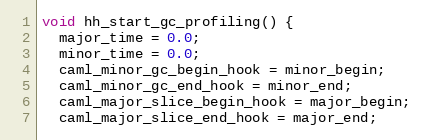
Language: C
void hh_start_gc_profiling() {
  major_time = 0.0;
  minor_time = 0.0;
  caml_minor_gc_begin_hook = minor_begin;
  caml_minor_gc_end_hook = minor_end;
  caml_major_slice_begin_hook = major_begin;
  caml_major_slice_end_hook = major_end;